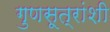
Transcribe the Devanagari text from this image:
गुणसूत्रांशी